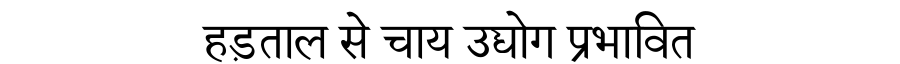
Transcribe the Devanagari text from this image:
हड़ताल से चाय उद्योग प्रभावित